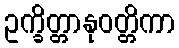
ဥက္ခိတ္တာနုဝတ္တိကာ